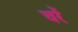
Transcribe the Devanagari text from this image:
चरें